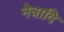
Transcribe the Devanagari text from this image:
नेत्रादि